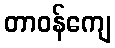
တာဝန်ကျေ